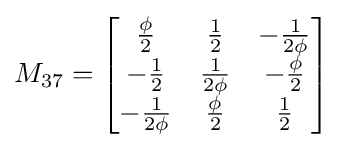
M_{37}={\begin{bmatrix}{\frac {\phi }{2}}&{\frac {1}{2}}&-{\frac {1}{2\phi }}\\-{\frac {1}{2}}&{\frac {1}{2\phi }}&-{\frac {\phi }{2}}\\-{\frac {1}{2\phi }}&{\frac {\phi }{2}}&{\frac {1}{2}}\end{bmatrix}}